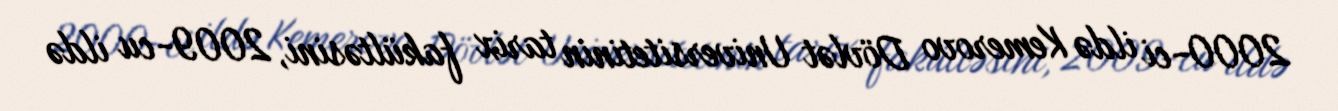
2000-ci ildə Kemerovo Dövlət Universitetinin tarix fakültəsini, 2009-cu ildə